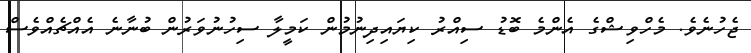
ޖެހުނެވެ. މެހްވިޝްގެ އެންމެ ބޮޑު ސިއްރު ކިޔައިދިނުމުން ކަމީލާ ސިހުނުވަރުން ބުނާނެ އެއްޗެއްވެސް